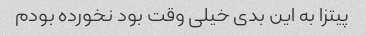
پیتزا به این بدی خیلی وقت بود نخورده بودم